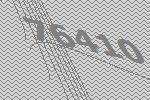
76410